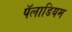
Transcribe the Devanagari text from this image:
पॅलाडियम